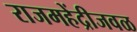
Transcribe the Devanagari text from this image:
राजमहेंद्रीजवळ